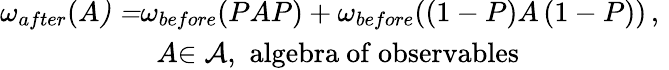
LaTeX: \begin{array}{c}{{\omega_{after}(A\mathcal{)=}\omega_{before}(PAP)+\omega_{before}(\left(1-P\right)A\left(1-P\right))\, ,\, \, }}\\ {{\, \, \, A\mathcal{\in A},\, \, \mathrm{algebra~of~observables~}}}\end{array}